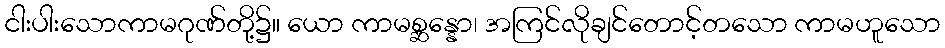
ငါးပါးသောကာမဂုဏ်တို့၌။ ယော ကာမစ္ဆန္နော၊ အကြင်လိုချင်တောင့်တသော ကာမဟူသော